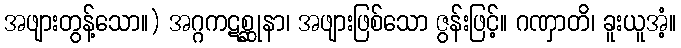
အဖျားတွန့်သော။) အဂ္ဂကဋစ္ဆုနာ၊ အဖျားဖြစ်သော ဇွန်းဖြင့်။ ဂဏှာတိ၊ ခူးယူအံ့။